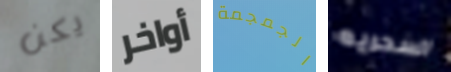
يكن أواخر الجمجمة السحريه